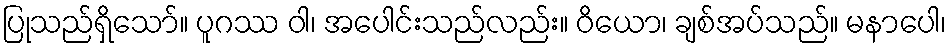
ပြုသည်ရှိသော်။ ပူဂဿ ဝါ၊ အပေါင်းသည်လည်း။ ဝိယော၊ ချစ်အပ်သည်။ မနာပေါ၊